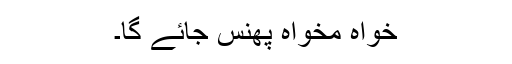
خواہ مخواہ پھنس جائے گا۔